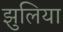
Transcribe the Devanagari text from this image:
झुलिया